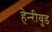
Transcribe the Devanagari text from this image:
हेन्‍रीवुड